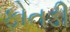
ફોતડી